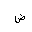
Letter: _dad